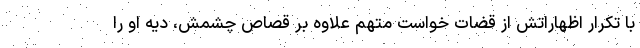
با تکرار اظهاراتش از قضات خواست متهم علاوه بر قصاص چشمش، دیه او را